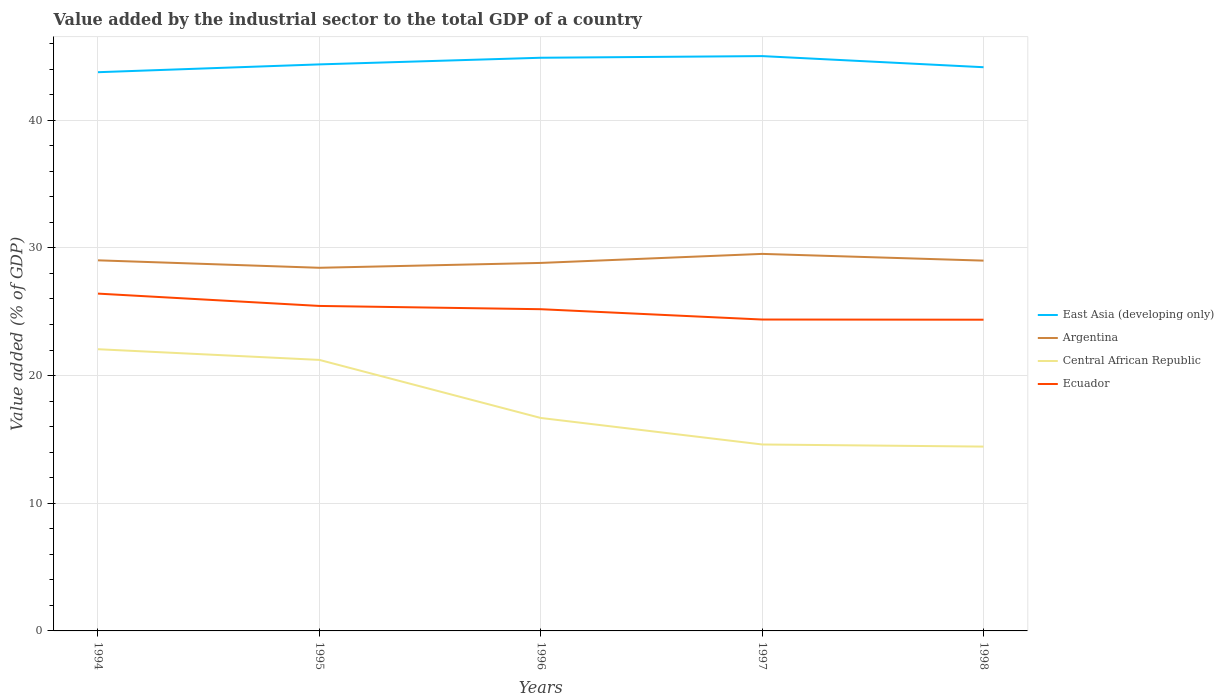
| Years | East Asia (developing only) | Argentina | Central African Republic | Ecuador |
 | --- | --- | --- | --- | --- |
 | 1994 | 43.8 | 29 | 22.1 | 26.4 |
 | 1995 | 44.4 | 28.4 | 21.2 | 25.5 |
 | 1996 | 44.9 | 28.8 | 16.7 | 25.2 |
 | 1997 | 45 | 29.5 | 14.6 | 24.4 |
 | 1998 | 44.1 | 29 | 14.4 | 24.4 |